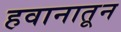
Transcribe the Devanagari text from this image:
हवानातून